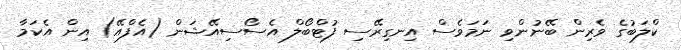
ކްލަބުގެ ވެރިން ބޭނުންވި ނަމަވެސް އިނގިރޭސި ފުޓްބޯލް އެސޯސިއޭޝަން (އެފްއޭ) އިން އެކަމާ